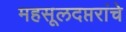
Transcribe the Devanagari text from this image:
महसूलदप्तरांचे